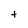
Character: t